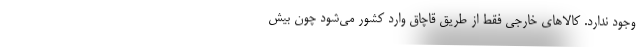
وجود ندارد. کالاهای خارجی فقط از طریق قاچاق وارد کشور می‌شود چون بیش